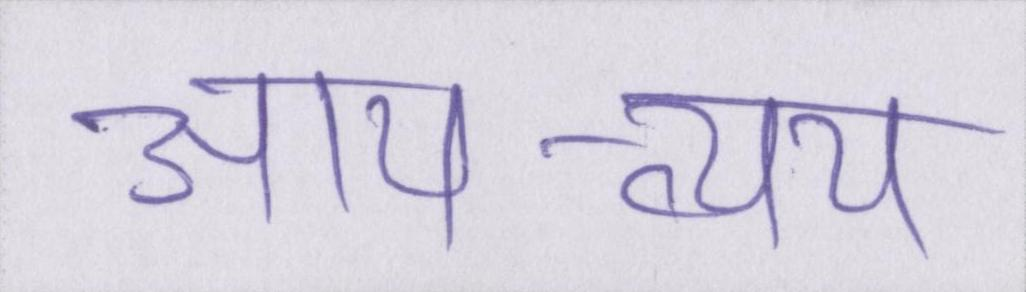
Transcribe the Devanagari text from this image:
आय-व्यय